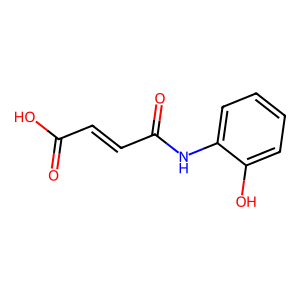
SMILES: O=C(O)C=CC(=O)Nc1ccccc1O
Inhibits HIV replication: No